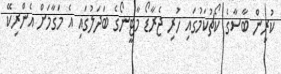
ކުރިން ބާސާގެ ކޯޗުކަމުގައި ހުރި ޖެރާޑޯ މާޓީނޯގެ ބަދަލުގައި އެ މަގާމަށް އެންރިކޭ